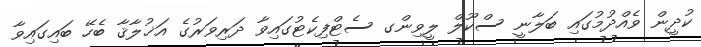
ކުދީން ވެއްދުމުގައި ބަލާނީ ސްކޫލް ލީވިންގ ސެޓްފިކެޓުގައިވާ ދަރިވަރުގެ އަޚުލާޤާ ބެހޭ ބައިގައިވާ